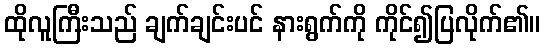
ထိုလူကြီးသည် ချက်ချင်းပင် နားရွက်ကို ကိုင်၍ပြလိုက်၏။